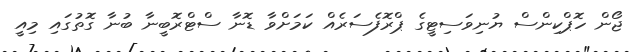
ޖޯން ހޮޕްކިންސް ޔުނިވަސިޓީގެ ޕްރޮފެސަރެއް ކަމަށްވާ ޑޮނާ ސްޓްރޮބީނާ ބުނާ ގޮތުގައި މިއީ